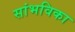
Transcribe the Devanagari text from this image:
सांभविका